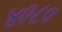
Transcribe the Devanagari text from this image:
४९८०